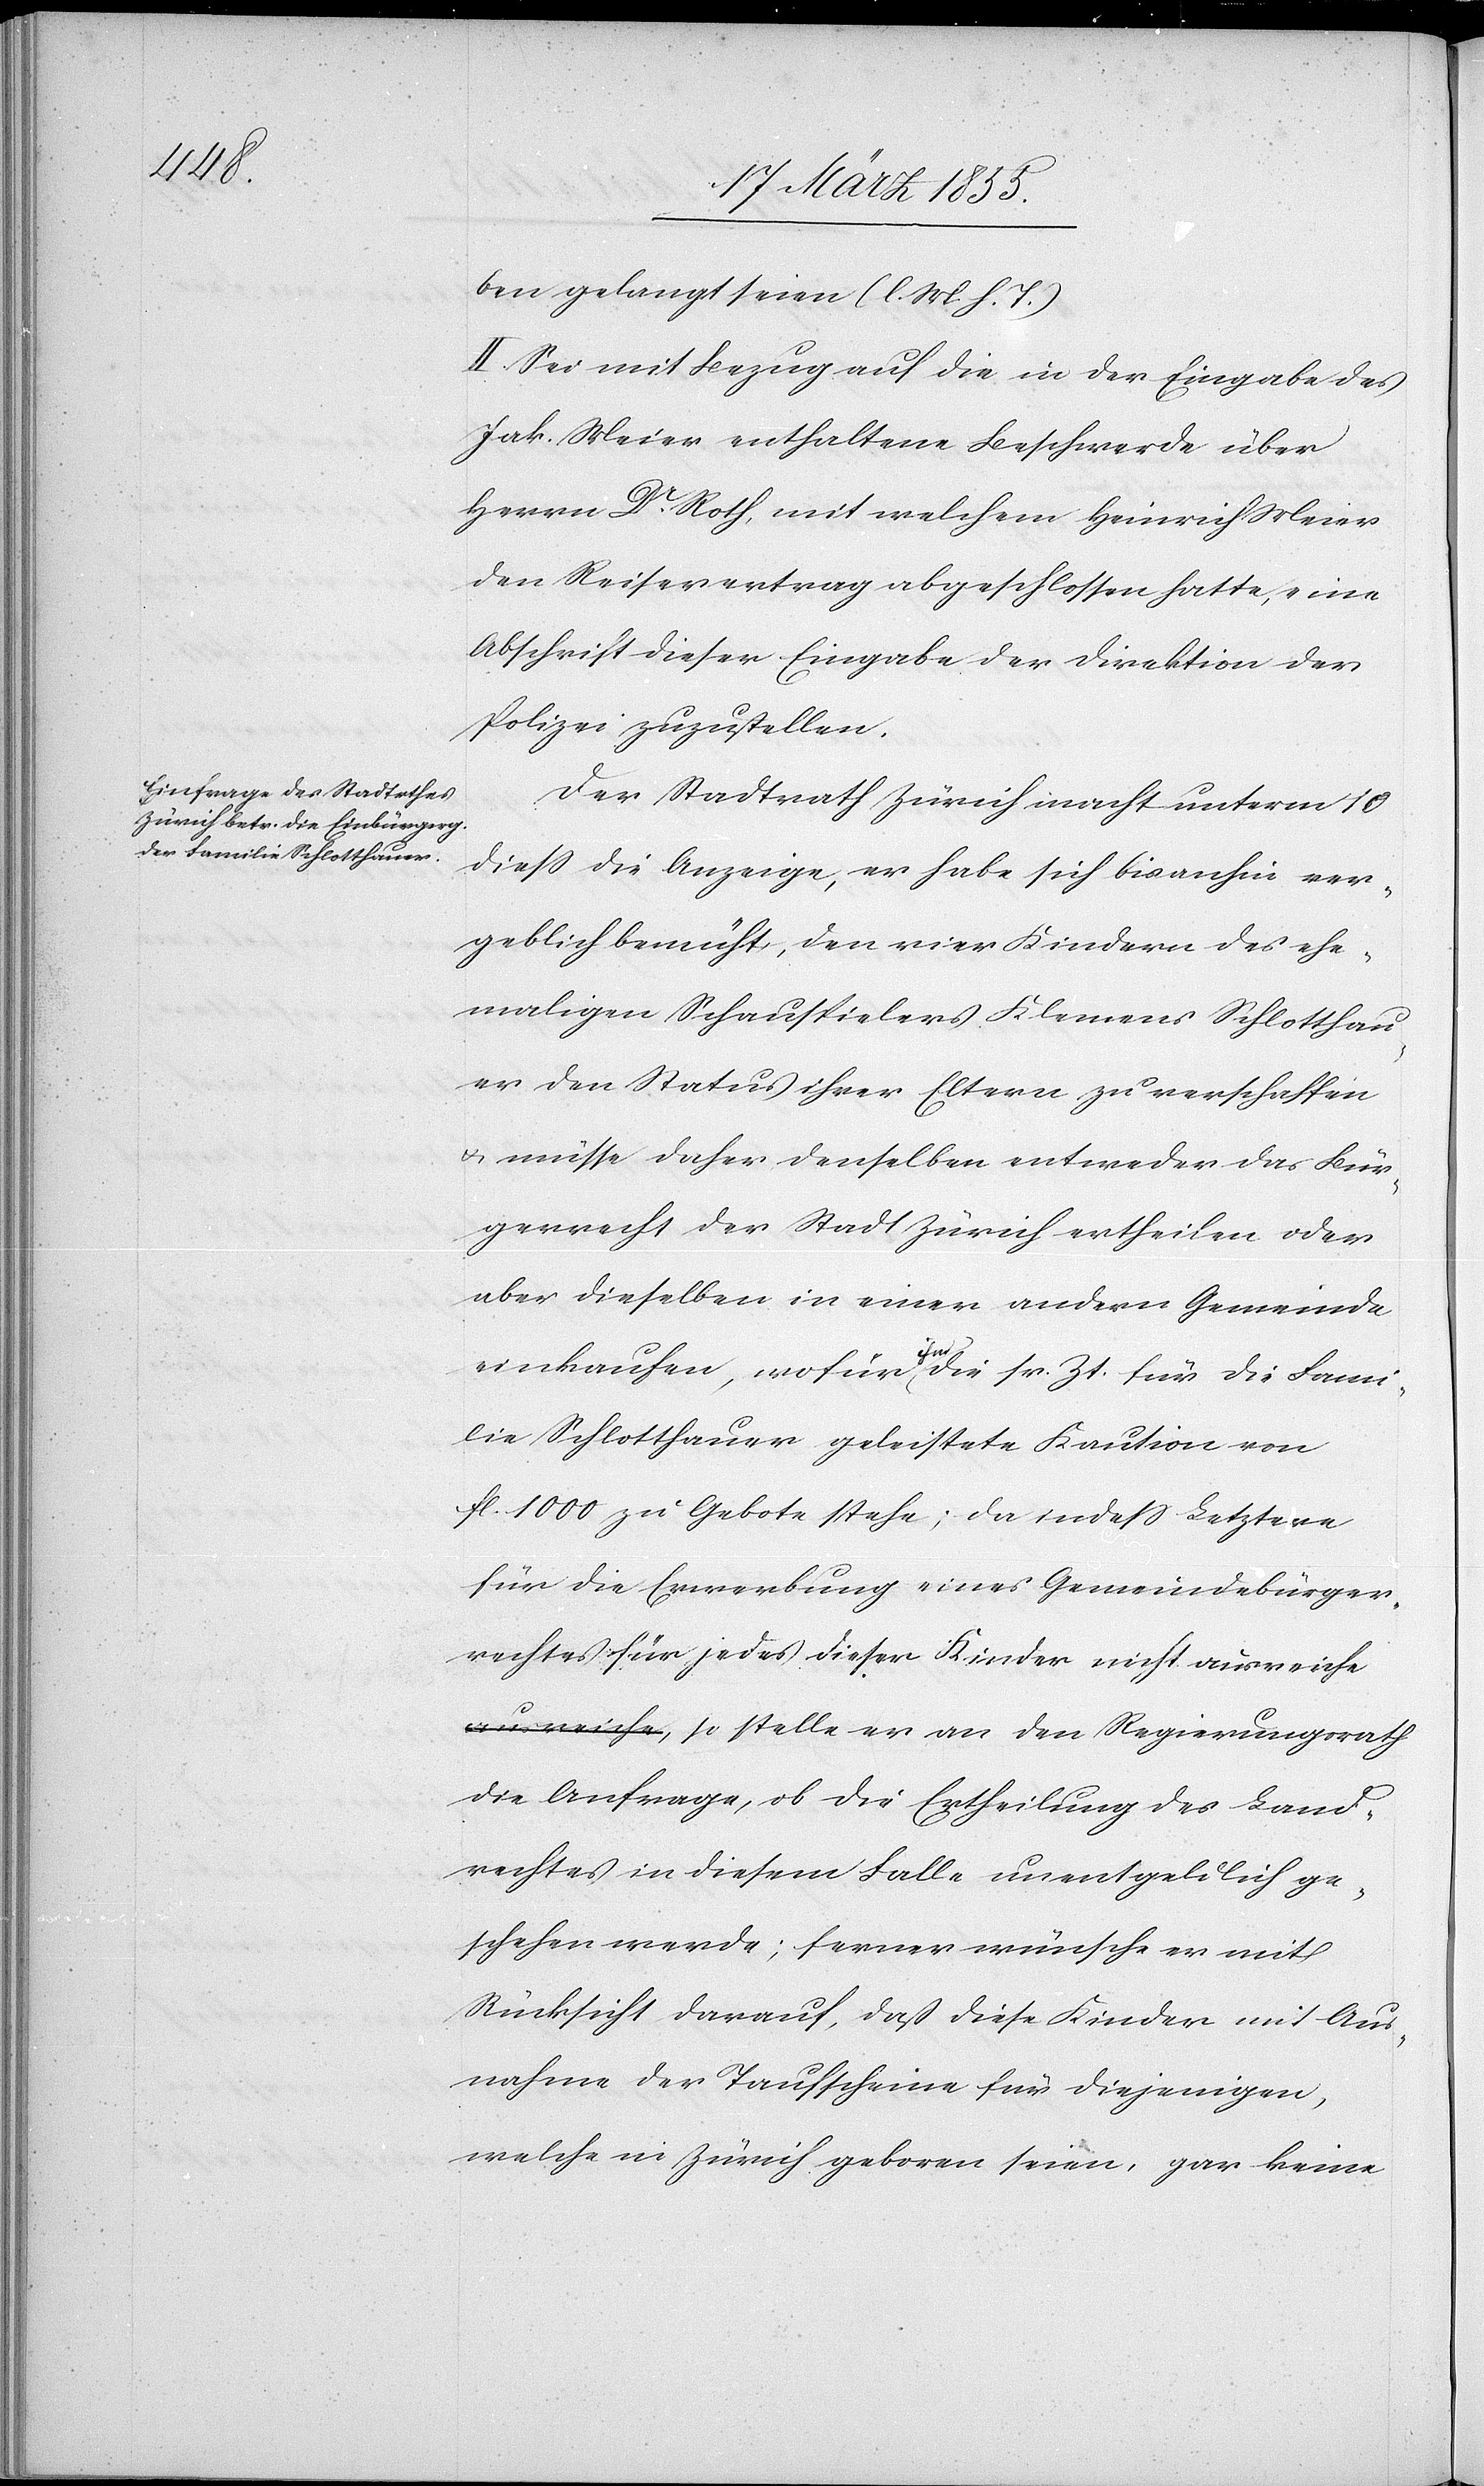
ben gelangt seien (l. M. h. T.)
II. Sei mit Bezug auf die in der Eingabe des
Jak. Meier enthaltene Beschwerde über
Herrn Dr. Roth, mit welchem Heinrich Meier
den Reisevertrag abgeschlossen hatte, eine
Abschrift dieser Eingabe der Direktion der
Polizei zuzustellen.
Der Stadtrath Zürich macht unterm 10
diess die Anzeige, er habe sich bisanhin ver¬
geblich bemüht, den vier Kindern des ehe¬
maligen Schauspielers Klemens Schlotthau¬
er den Status ihrer Eltern zu verschaffen
& müsse daher denselben entweder das Bür¬
gerrecht der Stadt Zürich ertheilen oder
aber dieselben in einer andern Gemeinde
einkaufen, wofür ihm die sr. Zt. für die Fami¬
lie Schlotthauer geleistete Kaution von
fl. 1000 zu Gebote stehe; da indess Letztere
für die Erwerbung eines Gemeindebürger¬
rechtes für jedes dieser Kinder nicht ausreiche
a-ausreiche-a, so stelle er an den Regierungsrath
die Anfrage, ob die Ertheilung des Land¬
rechtes in diesem Falle unentgeldlich ge¬
schehen werde; ferner wünsche er mit
Rücksicht darauf, daß diese Kinder mit Aus¬
nahme der Taufscheine für diejenigen,
welche in Zürich geboren seien, gar keine